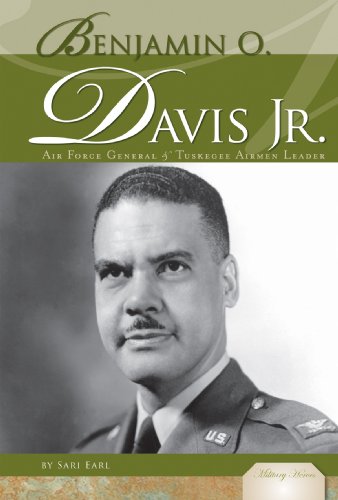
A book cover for Benjamin O. Davis Jr.: Air Force General & Tuskegee Airmen Leader (Military Heroes); Sari Earl; Teen & Young Adult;